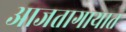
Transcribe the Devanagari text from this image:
आजतागायात